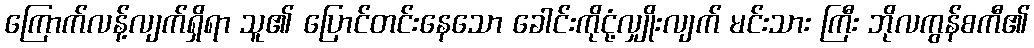
ကြောက်လန့်လျက်ရှိရာ သူ၏ ပြောင်တင်းနေသော ခေါင်းကိုငုံ့လျှိုးလျက် မင်းသား ကြီး ဘိုလကွန်စကီ၏